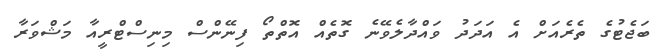
ބަޖެޓުގެ ތެރެއަށް އެ އަދަދު ވައްދާލެވޭނެ ގޮތެއް އޮތްތޯ ފިނޭންސް މިނިސްޓްރީއާ މަޝްވަރާ